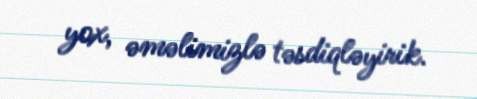
yox, əməlimizlə təsdiqləyirik.